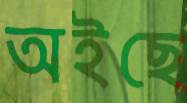
অইছে